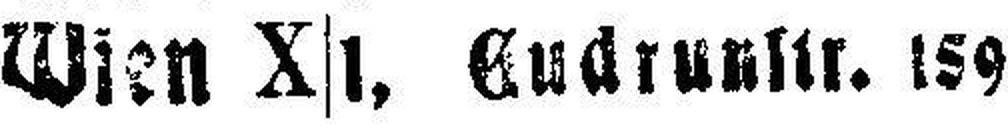
Wien X|1, Gudrunstr. 159